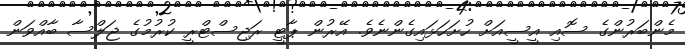
މެންބަރުންގެ ސޮއި އީސީއަށް ހުށަހަޅައިގެންނެވެ. އޭރުން ޕާޓީ ރަޖިސްޓްރީ ކުރުމުގެ ޖަލްސާ ބާއްވަން